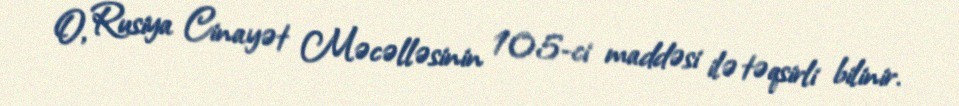
O, Rusiya Cinayət Məcəlləsinin 105-ci maddəsi ilə təqsirli bilinir.